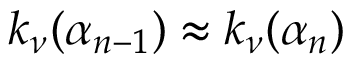
k _ { \nu } ( \alpha _ { n - 1 } ) \approx k _ { \nu } ( \alpha _ { n } )